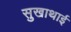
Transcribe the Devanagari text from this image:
सुखाथाई